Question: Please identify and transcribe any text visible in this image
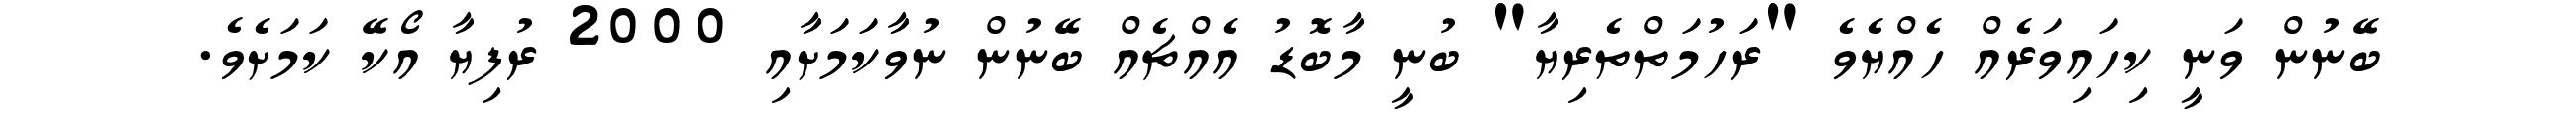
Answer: ބޭނުން ވަނީ ކިހައިވަރެއް ހެއްޔެވެ "ރަހުމަތްތެރިޔާ" ބުނީ މާބޮޑު އެއްޗެއް ބޭނުން ނުވާކަމަށާއި 2000 ރުފިޔާ އޯކޭ ކަމަށެވެ.